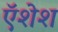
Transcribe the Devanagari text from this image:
ऍशेश